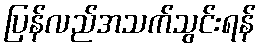
ပြန်လည်အသက်သွင်းရန်